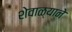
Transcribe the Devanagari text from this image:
शेवाळ्याने